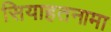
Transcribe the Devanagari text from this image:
सियाहतनामा